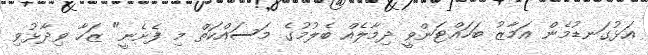
އަޅުގަނޑުމެން އަމާޒު ބަހައްޓަންވީ ދިމާލެއް ބެލުމުގެ މަސައްކަތް މި ފެށެނީ" ޒަހާ ވިދާޅުވި